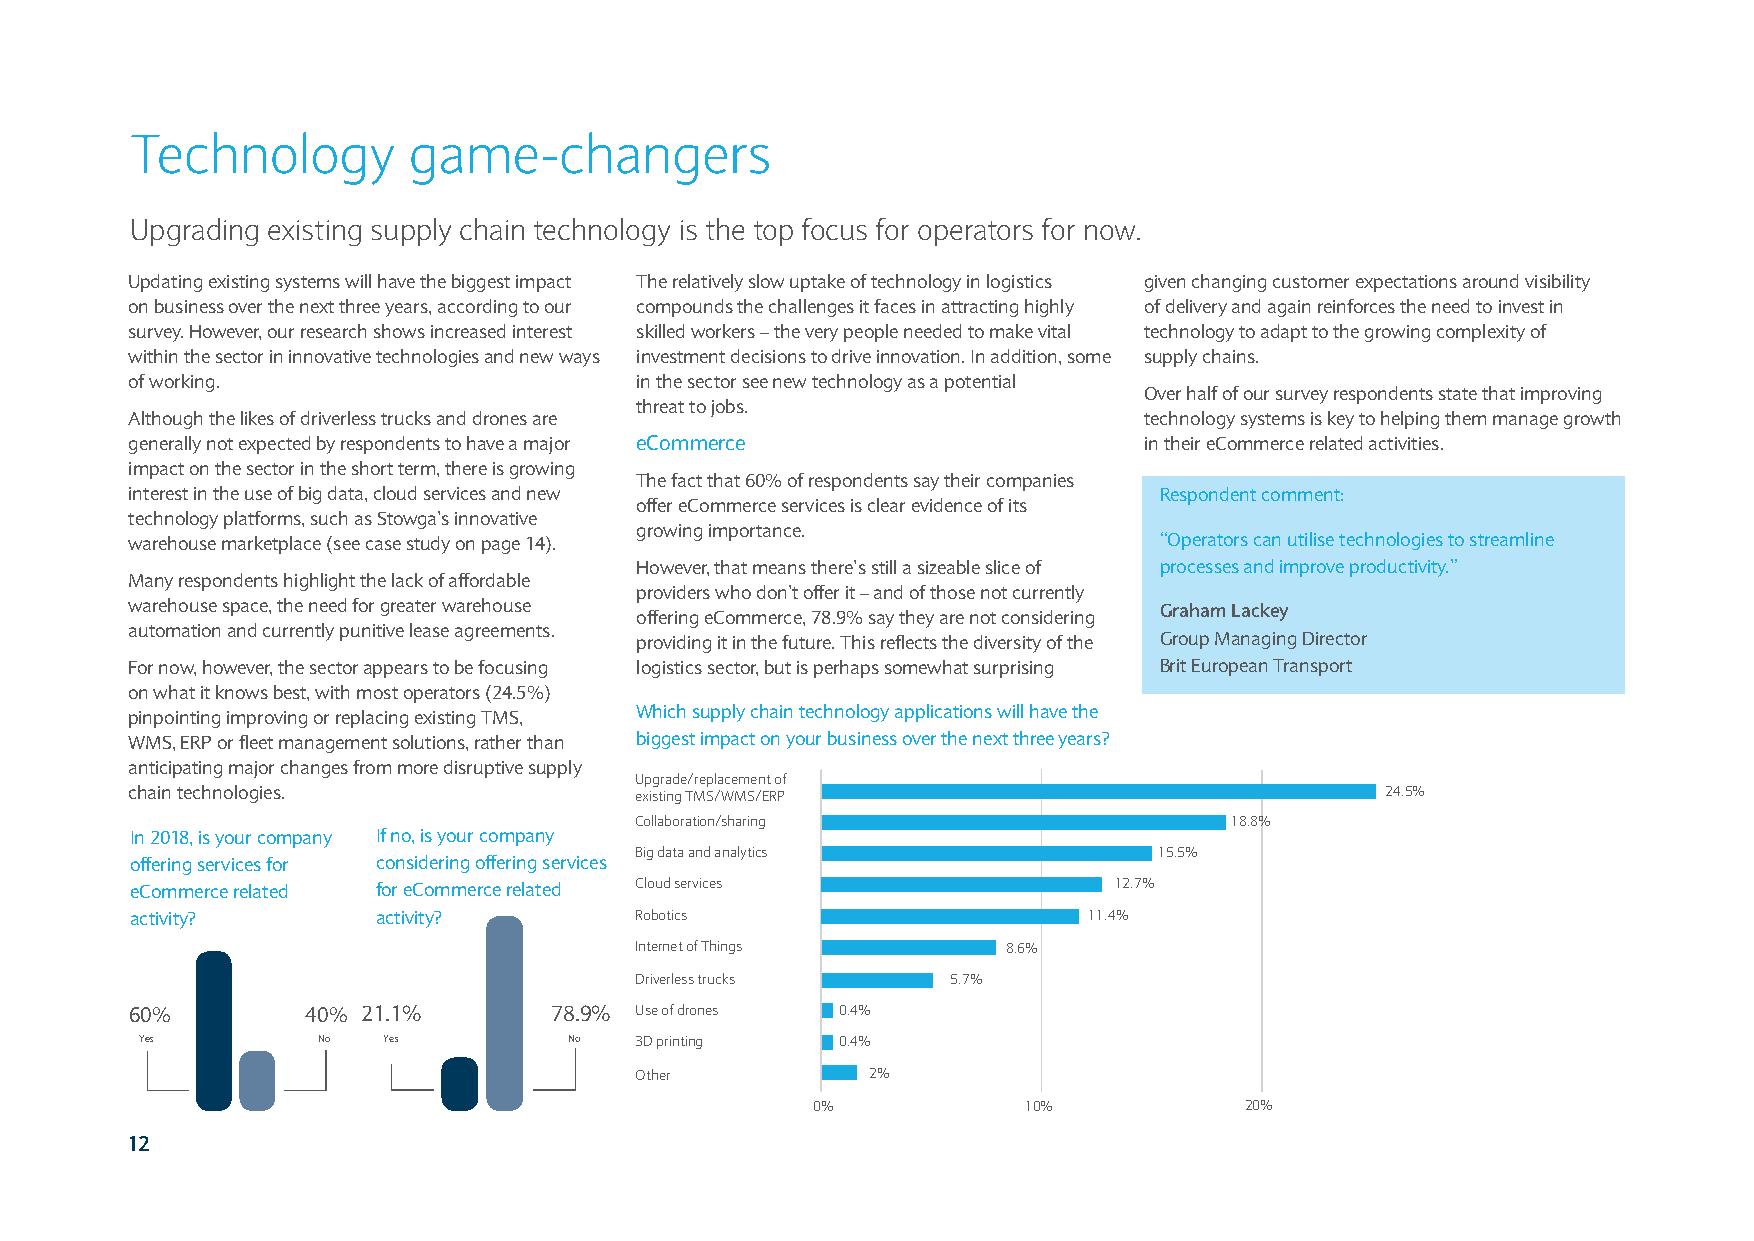
Technology        game-changers
 Upgrading existing supply chain technology is the top focus for operators for now.
 Updating existing systems will have the biggest impact The relatively slow uptake of technology in logistics given changing customer expectations around visibility
 on business over the next three years, according to our compounds the challenges it faces in attracting highly of delivery and again reinforces the need to invest in
 survey. However, our research shows increased interest skilled workers – the very people needed to make vital technology to adapt to the growing complexity of
 within the sector in innovative technologies and new ways investment decisions to drive innovation. In addition, some supply chains.
 of working.                      in the sector see new technology as a potential
 Over half of our survey respondents state that improving
 threat to jobs.
 Although the likes of driverless trucks and drones are             technology systems is key to helping them manage growth
 generally not expected by respondents to have a major eCommerce    in their eCommerce related activities.
 impact on the sector in the short term, there is growing
 The fact that 60% of respondents say their companies
 interest in the use of big data, cloud services and new             Respondent comment:
 offer eCommerce services is clear evidence of its
 technology platforms, such as Stowga’s innovative
 growing importance.
 warehouse marketplace (see case study on page 14).                  “Operators can utilise technologies to streamline
 However, that means there’s still a sizeable slice of processes and improve productivity.”
 Many respondents highlight the lack of affordable
 providers who don’t offer it – and of those not currently
 warehouse space, the need for greater warehouse                     Graham Lackey
 offering eCommerce, 78.9% say they are not considering
 automation and currently punitive lease agreements.
 providing it in the future. This reflects the diversity of the Group Managing Director
 For now, however, the sector appears to be focusing logistics sector, but is perhaps somewhat surprising Brit European Transport
 on what it knows best, with most operators (24.5%)
 pinpointing improving or replacing existing TMS, Which supply chain technology applications will have the
 WMS, ERP or fleet management solutions, rather than biggest impact on your business over the next three years?
 anticipating major changes from more disruptive supply
 Upgrade/replacement of
 chain technologies.              existing TMS/WMS/ERP                              24.5%
 Collaboration/sharing                  18.8%
 In 2018, is your company If no, is your company
 Big data and analytics             15.5%
 offering services for considering offering services
 eCommerce related for eCommerce related Cloud services           12.7%
 activity?       activity?        Robotics                      11.4%
 Internet of Things       8.6%
 Driverless trucks    5.7%
 60%        40% 21.1%       78.9% Use of drones 0.4%
 Yes         No  Yes          No  3D printing   0.4%
 Other           2%
 0%            10%           20%
 12